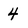
Character: 4